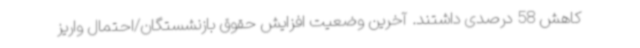
کاهش 58 درصدی داشتند. آخرین وضعیت افزایش حقوق بازنشستگان/احتمال واریز